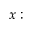
x :